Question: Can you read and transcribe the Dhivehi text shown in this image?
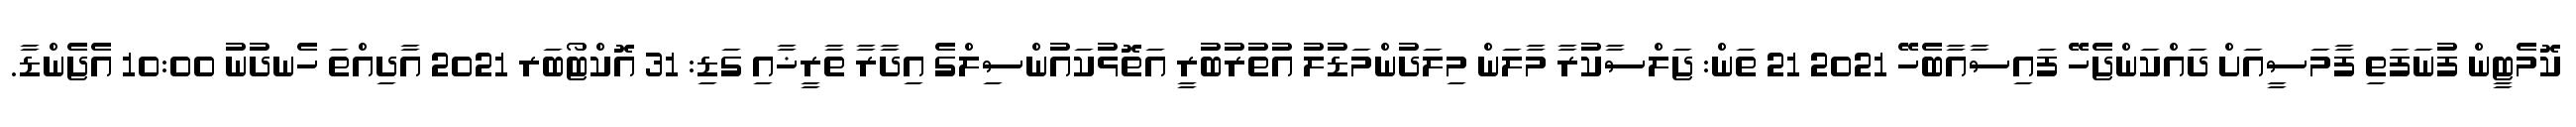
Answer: ކޮމެޓީން ފުނަފަތި ފާމަސީއަށް ދައްކަންޖެހޭ ފައިސާއާބެހޭ 2021 21 ތަން: ޖަލްސާކުރާ މާލަން މިލަދުންމަޑުލު އުތުރުބުރީ އަތޮޅުކައުންސިލްގެ އިދާރާ ތާރީޚާއި ގަޑި: 31 އޮކްޓޯބަރ 2021 އާދިއްތަ ހެނދުނު 10:00 އެޖެންޑާ.